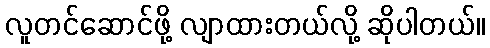
လူတင်ဆောင်ဖို့ လျာထားတယ်လို့ ဆိုပါတယ်။